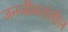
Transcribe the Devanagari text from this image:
जनजीवनांतील